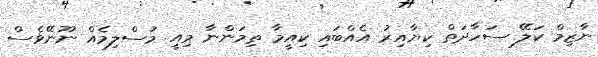
ނާޒިމް ކަލޭ ސަހާދަތް ކިޔާއިރު އެއްބައި ކިއީމާ ތިމަންނާ މިއީ މުސްލިމެއް ނޫނޭވެސް